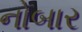
નોબાર